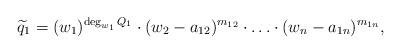
LaTeX: \begin{align*}\widetilde q_1=(w_1)^{\deg_{w_1} Q_1}\cdot(w_2-a_{12})^{m_{12}}\cdot \ldots \cdot(w_n-a_{1n})^{m_{1n}},\end{align*}